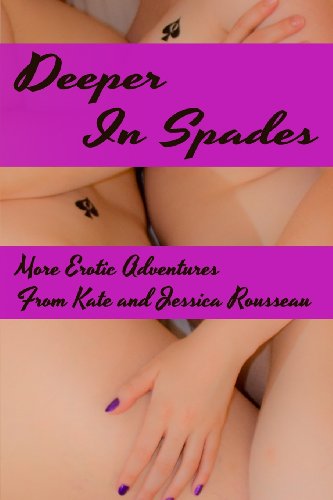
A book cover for Deeper In Spades; Kate Rousseau; Romance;